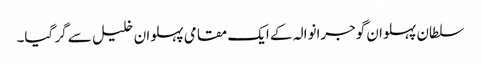
سلطان پہلوان گوجرانوالہ کے ایک مقامی پہلوان خلیل سے گر گیا۔